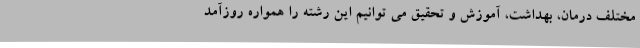
مختلف درمان، بهداشت، آموزش و تحقیق می توانیم این رشته را همواره روزآمد